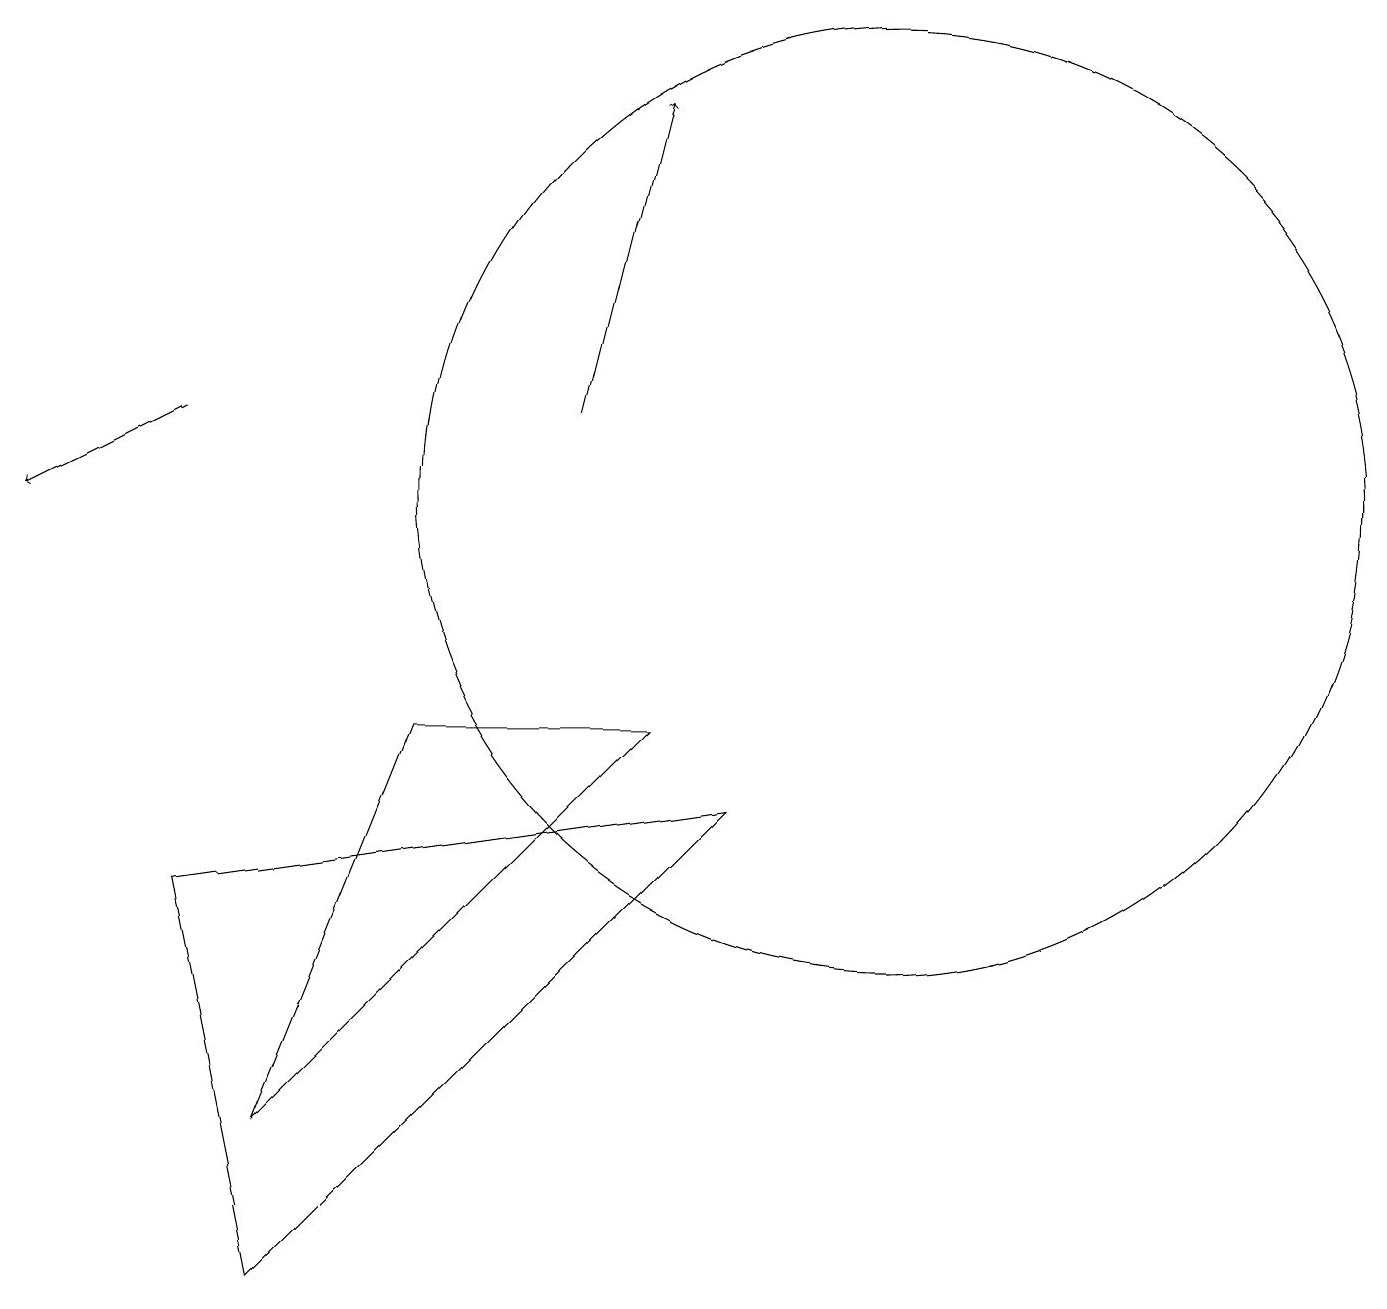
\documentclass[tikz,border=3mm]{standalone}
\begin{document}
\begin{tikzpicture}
\draw (11,11) circle (6);
\draw (9,7) -- (3,1) -- (2,6) -- cycle;
\draw (8,8) -- (5,8) -- (3,3) -- cycle;
\draw[->] (2,12) -- (0,11);
\draw[->] (7,12) -- (8,16);
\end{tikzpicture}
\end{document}